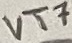
Text: VT7